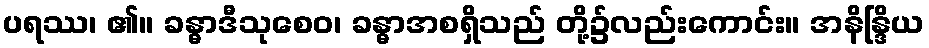
ပရဿ၊ ၏။ ခန္ဓာဒီသုစေဝ၊ ခန္ဓာအစရှိသည် တို့၌လည်းကောင်း။ အနိန္ဒြိယ